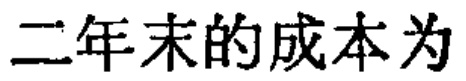
二年末的成本为